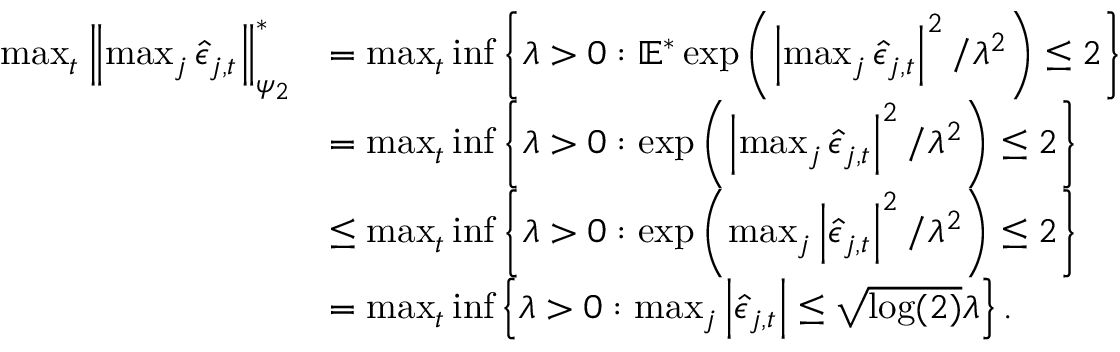
\begin{array} { r l } { \operatorname* { m a x } _ { t } \left\lVert \operatorname* { m a x } _ { j } \hat { \epsilon } _ { j , t } \right\rVert _ { \psi _ { 2 } } ^ { * } } & { = \operatorname* { m a x } _ { t } \operatorname* { i n f } \left\lbrace \lambda > 0 : \mathbb { E } ^ { * } \exp \left( \left\lvert \operatorname* { m a x } _ { j } \hat { \epsilon } _ { j , t } \right\rvert ^ { 2 } / \lambda ^ { 2 } \right) \leq 2 \right\rbrace } \\ & { = \operatorname* { m a x } _ { t } \operatorname* { i n f } \left\lbrace \lambda > 0 : \exp \left( \left\lvert \operatorname* { m a x } _ { j } \hat { \epsilon } _ { j , t } \right\rvert ^ { 2 } / \lambda ^ { 2 } \right) \leq 2 \right\rbrace } \\ & { \leq \operatorname* { m a x } _ { t } \operatorname* { i n f } \left\lbrace \lambda > 0 : \exp \left( \operatorname* { m a x } _ { j } \left\lvert \hat { \epsilon } _ { j , t } \right\rvert ^ { 2 } / \lambda ^ { 2 } \right) \leq 2 \right\rbrace } \\ & { = \operatorname* { m a x } _ { t } \operatorname* { i n f } \left\lbrace \lambda > 0 : \operatorname* { m a x } _ { j } \left\lvert \hat { \epsilon } _ { j , t } \right\rvert \leq \sqrt { \log ( 2 ) } \lambda \right\rbrace . } \end{array}